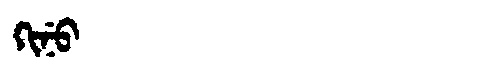
Manchu: ᡴᡳᠨᡠ
Romanization: KINU